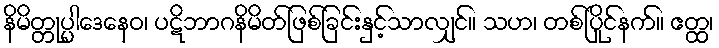
နိမိတ္တုပ္ပါဒေနေဝ၊ ပဋိဘာဂနိမိတ်ဖြစ်ခြင်းနှင့်သာလျှင်။ သဟ၊ တစ်ပြိုင်နက်။ ဧတ္ထ၊